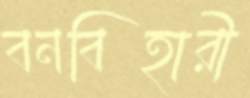
বনবিহারী